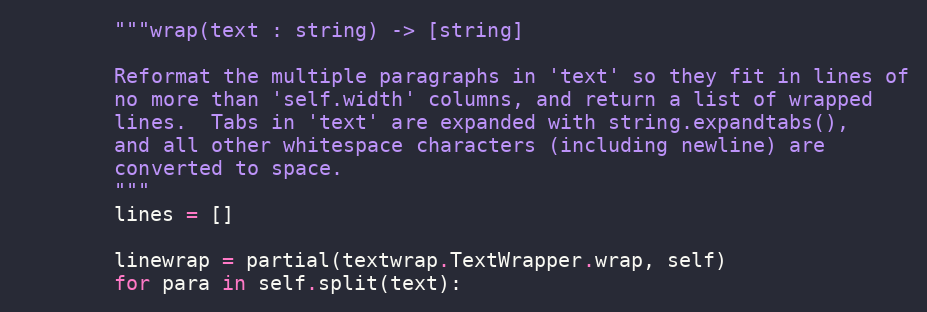
Language: Python
        """wrap(text : string) -> [string]

        Reformat the multiple paragraphs in 'text' so they fit in lines of
        no more than 'self.width' columns, and return a list of wrapped
        lines.  Tabs in 'text' are expanded with string.expandtabs(),
        and all other whitespace characters (including newline) are
        converted to space.
        """
        lines = []

        linewrap = partial(textwrap.TextWrapper.wrap, self)
        for para in self.split(text):